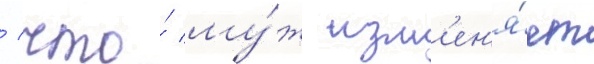
/ что́ му́ж изм'ен'я́ет